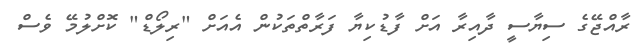
ރާއްޖޭގެ ސިޔާސީ ދާއިރާ އަށް ފާޑުކިޔާ ފަރާތްތަކުން އެއަށް "ރިލޯޑް" ކޮށްލުމޭ ވެސް